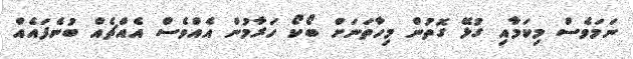
ނަމަވެސް މިކަމާއި ގުޅޭ ގޮތުން މިހާތަނަށް ބޯކޯ ހަރާމުން އެއްވެސް އެއްޗެއް ބުނެފައެއް